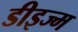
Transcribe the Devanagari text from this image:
डीइज्म